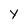
Character: y